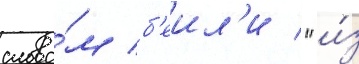
слова́м б'еил'и / "и́з